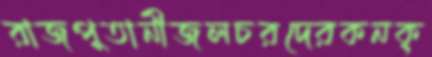
রাজপুতানীজলচরদেরকনক্